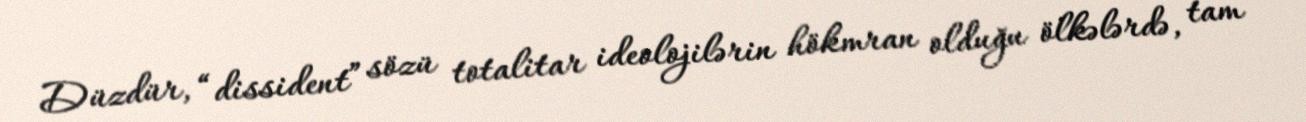
Düzdür, “dissident” sözü totalitar ideolojilərin hökmran olduğu ölkələrdə, tam